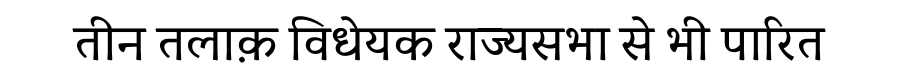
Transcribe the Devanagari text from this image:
तीन तलाक़ विधेयक राज्यसभा से भी पारित